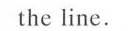
the line.